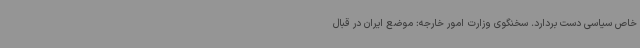
خاص سیاسی دست بردارد. سخنگوی وزارت امور خارجه: موضع ایران در قبال